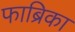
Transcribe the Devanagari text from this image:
फाब्रिका